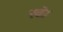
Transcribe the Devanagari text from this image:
खे।